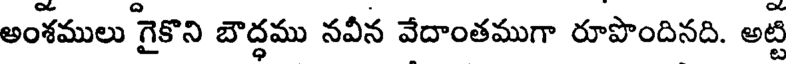
అంశములు గైకొని బౌద్ధము నవీన వేదాంతముగా రూపొందినది. అట్టి